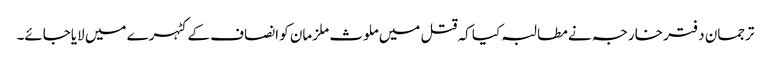
ترجمان دفتر خارجہ نے مطالبہ کیا کہ قتل میں ملوث ملزمان کو انصاف کے کٹہرے میں لایاجائے۔